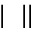
| \bigstar \bigstar | | \bigstar